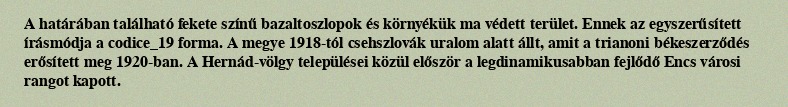
A határában található fekete színű bazaltoszlopok és környékük ma védett terület. Ennek az egyszerűsített írásmódja a codice_19 forma. A megye 1918-tól csehszlovák uralom alatt állt, amit a trianoni békeszerződés erősített meg 1920-ban. A Hernád-völgy települései közül először a legdinamikusabban fejlődő Encs városi rangot kapott.